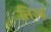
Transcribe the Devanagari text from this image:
तिज्ड